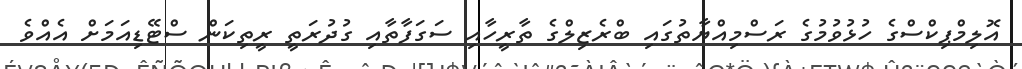
އޮލިމްޕިކްސްގެ ހުޅުވުމުގެ ރަސްމިއްޔާތުގައި ބްރެޒިލްގެ ތާރީހާއި ސަގަފާތާއި ގުދުރަތީ ރީތިކަން ސްޓޭޑިއަމަށް އެއްވެ